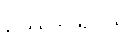
ဥဿဒငရဲငယ်။